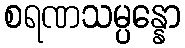
စရဏသမ္ပန္နော